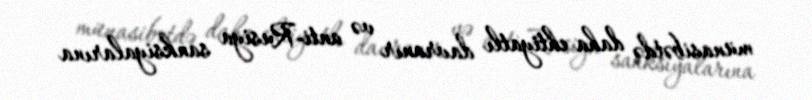
münasibətdə daha ehtiyatlı davranır və anti-Rusiya sanksiyalarına